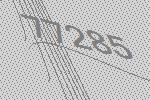
77285